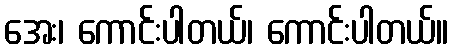
အေး၊ ကောင်းပါတယ်၊ ကောင်းပါတယ်။